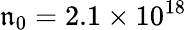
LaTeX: \mathfrak{n}_{0}=2.1\times10^{18}